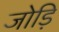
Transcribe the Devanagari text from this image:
जोड़ि